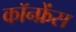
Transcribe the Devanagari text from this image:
कॉन्‍फ्रेंस